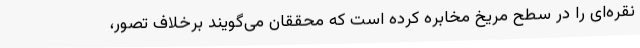
نقره‌ای را در سطح مریخ مخابره کرده است که محققان می‌گویند برخلاف تصور،